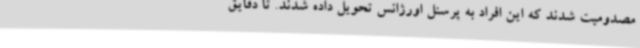
مصدومیت شدند که این افراد به پرسنل اورژانس تحویل داده شدند. تا دقایق